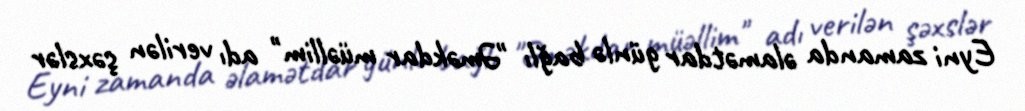
Eyni zamanda əlamətdar günlə bağlı "Əməkdar müəllim" adı verilən şəxslər